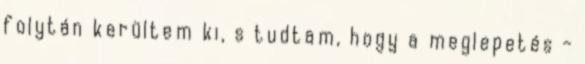
folytán kerültem ki, s tudtam, hogy a meglepetés -